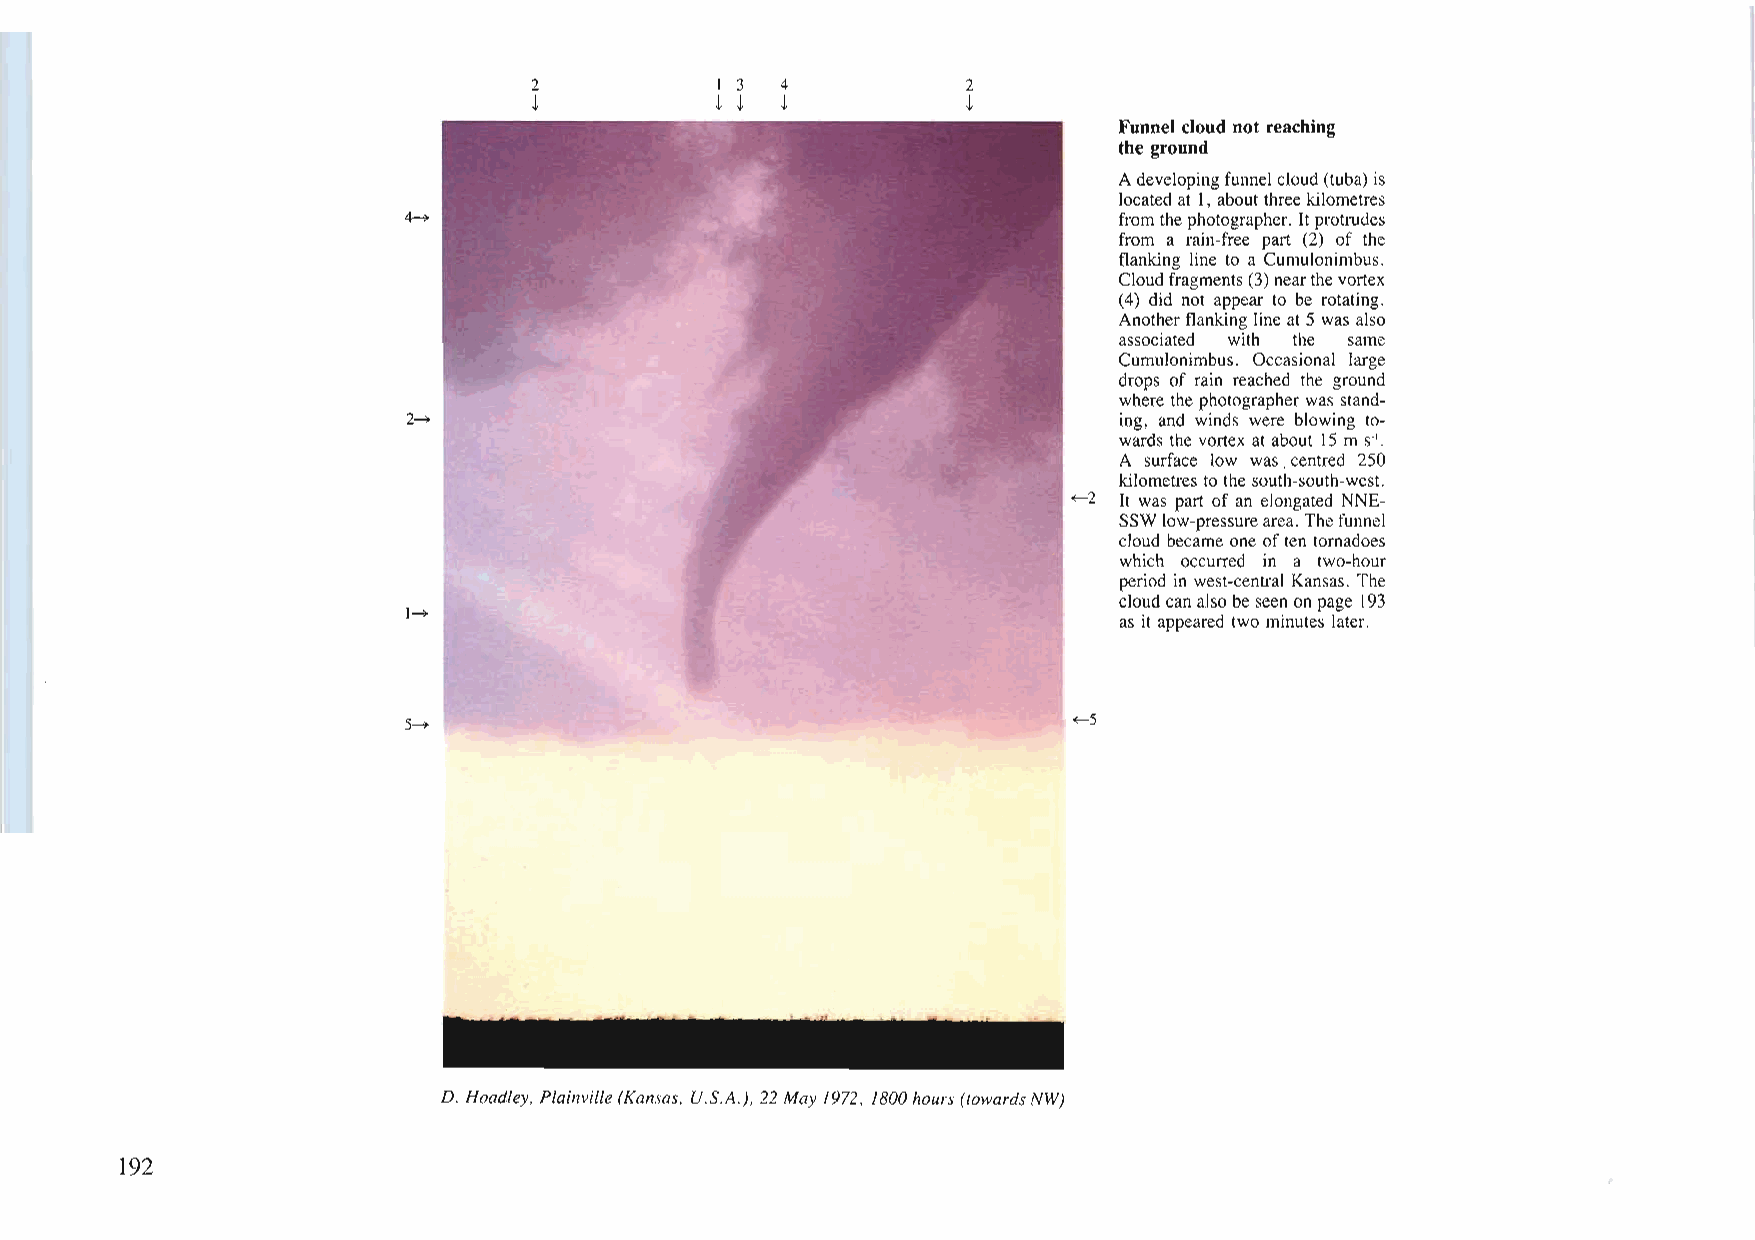
2           I 3  4           2
 t           t t  t           t
 Funnel cloud not reaching
 the ground
 Adevelopingfunnel cloud(tuba) is
 locatedat 1, aboutthree kilometres
 ~                                              from thephotographer. Itprotrudes
 from a rain-free part (2) of the
 flanking line to a Cumulonimbus.
 Cloudfragments (3) nearthevortex
 (4) did not appear to be rotating.
 Anotherflanking lineat5 was also
 associated with the same
 Cumulonimbus. Occasional large
 drops of rain reached the ground
 where the photographerwas stand
 2--+                                           ing, and winds were blowing to
 wards the vortex at about 15 m s·'.
 A surface low was, centred 250
 kilometres to the south-south-west.
 ~2 It was part of an elongated NNE
 SSWlow-pressurearea. Thefunnel
 cloud became one often tornadoes
 which occurred in a two-hour
 period in west-central Kansas. The
 cloudcanalso beseenon page 193
 1--+
 as itappeared two minutes later.
 5--+                                        ~S
 D. Hoadley, Plainville(Kansas, U.S.A.), 22 May 1972, 1800hours(towardsNW)
 192